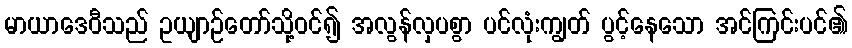
မာယာဒေဝီသည် ဥယျာဉ်တော်သို့ဝင်၍ အလွန်လှပစွာ ပင်လုံးကျွတ် ပွင့်နေသော အင်ကြင်းပင်၏